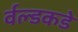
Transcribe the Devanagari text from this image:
र्वल्डकडे